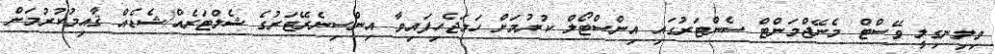
ވިލިނގިލީ ވޭސްޓް މެނޭޖްމަންޓް ސެންޓަރުގައި އިންސްޓޯލް ކުރުމަށް ހަމަޖެހިފައިވާ އިންސިނެރޭޓަރުގެ ޝެލްޓަރެއް/ޝެޑެއް ޤާއިމުކުރުމަށް